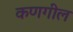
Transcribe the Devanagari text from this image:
कणगील